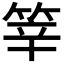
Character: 𥭴